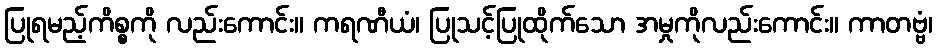
ပြုရမည့်ကိစ္စကို လည်းကောင်း။ ကရဏီယံ၊ ပြုသင့်ပြုထိုက်သော အမှုကိုလည်းကောင်း။ ကာတဗ္ဗံ၊